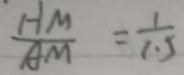
\frac { H M } { A M } = \frac { 1 } { 1 . 5 }